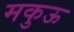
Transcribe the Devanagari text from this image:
मकुऊ